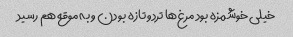
خیلی خوشمزه بود مرغ‌ها تردو تازه بودن و به موقع هم رسید